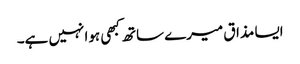
ایسا مذاق میرے ساتھ کبھی ہوا نہیں ہے۔